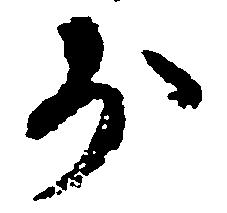
少